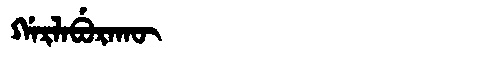
Manchu: ᡤᠠᡵᠯᠠᠪᡠᡵᠠᡴᡡ
Romanization: GARLABURAKŪ